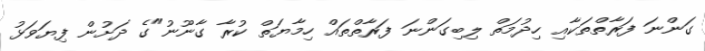
ގަންނަ ފަރާތްތަކާއި ހިދުމަތް ލިބިގަންނަ ފަރާތްތައް ހިމާޔަތް ކުރާ ގާނޫނު"ގެ ދަށުން ފިޔަވަޅު